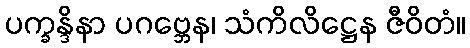
ပက္ခန္ဒိနာ ပဂဗ္ဘေန၊ သံကိလိဋ္ဌေန ဇီဝိတံ။